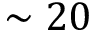
\sim 2 0